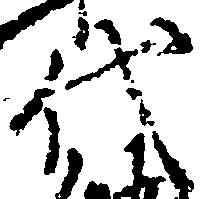
代